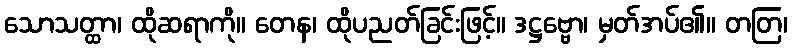
သောသတ္ထာ၊ ထိုဆရာကို။ တေန၊ ထိုပညတ်ခြင်းဖြင့်။ ဒဋ္ဌဗ္ဗော၊ မှတ်အပ်၏။ တတြ၊